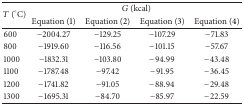
<table><thead><tr><td rowspan="2"><b><i>T</i> (°C)</b></td><td colspan="4"><b><i>G</i> (kcal)</b></td></tr><tr><td><b>Equation (1)</b></td><td><b>Equation (2)</b></td><td><b>Equation (3)</b></td><td><b>Equation (4)</b></td></tr></thead><tbody><tr><td>600</td><td>−2004.27</td><td>−129.25</td><td>−107.29</td><td>−71.83</td></tr><tr><td>800</td><td>−1919.60</td><td>−116.56</td><td>−101.15</td><td>−57.67</td></tr><tr><td>1000</td><td>−1832.31</td><td>−103.80</td><td>−94.99</td><td>−43.48</td></tr><tr><td>1100</td><td>−1787.48</td><td>−97.42</td><td>−91.95</td><td>−36.45</td></tr><tr><td>1200</td><td>−1741.82</td><td>−91.05</td><td>−88.94</td><td>−29.48</td></tr><tr><td>1300</td><td>−1695.31</td><td>−84.70</td><td>−85.97</td><td>−22.59</td></tr></tbody></table>